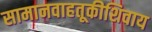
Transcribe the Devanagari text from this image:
सामानवाहतूकीशिवाय